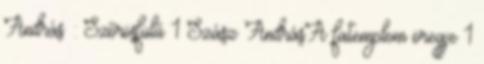
András : Szőrösfülű 1 Szász AndrásA fatemplom öregje 1